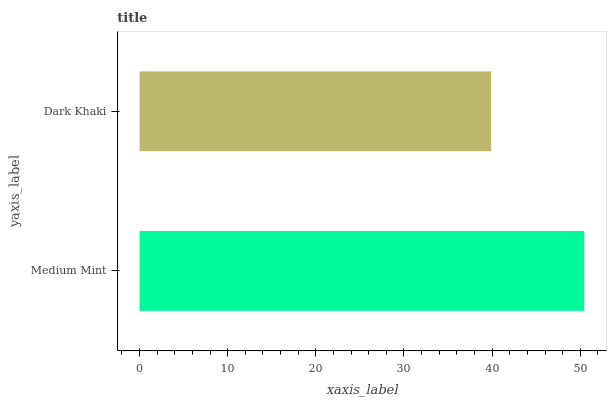
| yaxis_label | bars |
 | --- | --- |
 | Medium Mint | 50.5 |
 | Dark Khaki | 39.9 |